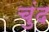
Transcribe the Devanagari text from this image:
चुंद